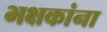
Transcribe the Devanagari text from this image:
भक्षकांना